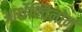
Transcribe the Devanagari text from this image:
आर्थेक्विनोन